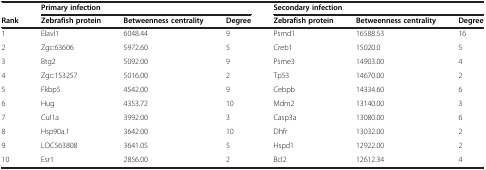
<table><thead><tr><td></td><td colspan="3"><b>Primary infection</b></td><td colspan="3"><b>Secondary infection</b></td></tr><tr><td><b>Rank</b></td><td><b>Zebrafish protein</b></td><td><b>Betweenness centrality</b></td><td><b>Degree</b></td><td><b>Zebrafish protein</b></td><td><b>Betweenness centrality</b></td><td><b>Degree</b></td></tr></thead><tbody><tr><td>1</td><td>Elavl1</td><td>6048.44</td><td>9</td><td>Psmd1</td><td>16588.53</td><td>16</td></tr><tr><td>2</td><td>Zgc:63606</td><td>5972.60</td><td>5</td><td>Creb1</td><td>15020.0</td><td>5</td></tr><tr><td>3</td><td>Btg2</td><td>5092.00</td><td>9</td><td>Psme3</td><td>14903.00</td><td>4</td></tr><tr><td>4</td><td>Zgc:153257</td><td>5016.00</td><td>2</td><td>Tp53</td><td>14670.00</td><td>2</td></tr><tr><td>5</td><td>Fkbp5</td><td>4542.00</td><td>9</td><td>Cebpb</td><td>14334.60</td><td>6</td></tr><tr><td>6</td><td>Hug</td><td>4353.72</td><td>10</td><td>Mdm2</td><td>13140.00</td><td>3</td></tr><tr><td>7</td><td>Cul1a</td><td>3992.00</td><td>3</td><td>Casp3a</td><td>13080.00</td><td>6</td></tr><tr><td>8</td><td>Hsp90a.1</td><td>3642.00</td><td>10</td><td>Dhfr</td><td>13032.00</td><td>2</td></tr><tr><td>9</td><td>LOC563808</td><td>3641.05</td><td>5</td><td>Hspd1</td><td>12922.00</td><td>2</td></tr><tr><td>10</td><td>Esr1</td><td>2856.00</td><td>2</td><td>Bcl2</td><td>12612.34</td><td>4</td></tr></tbody></table>